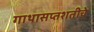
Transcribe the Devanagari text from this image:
गाथासप्तशतीचे